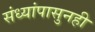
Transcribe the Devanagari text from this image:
संध्यांपासुनही